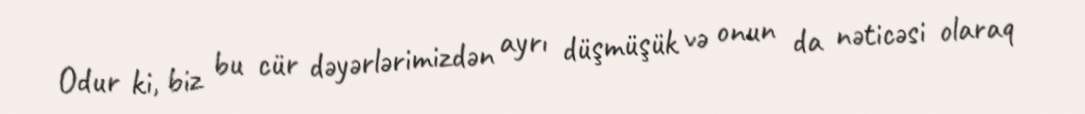
Odur ki, biz bu cür dəyərlərimizdən ayrı düşmüşük və onun da nəticəsi olaraq